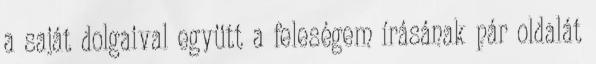
a saját dolgaival együtt a feleségem írásának pár oldalát